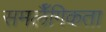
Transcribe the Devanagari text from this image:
समलैँगिकता